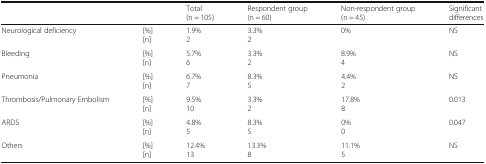
|  |  | Total(n = 105) | Respondent group(n = 60) | Non-respondent group(n = 45) | Significant differences |
 | --- | --- | --- | --- | --- | --- |
 | Neurological deficiency | [%][n] | 1.9%2 | 3.3%2 | 0% | NS |
 | Bleeding | [%][n] | 5.7%6 | 3.3%2 | 8.9%4 | NS |
 | Pneumonia | [%][n] | 6.7%7 | 8.3%5 | 4.4%2 | NS |
 | Thrombosis/Pulmonary Embolism | [%][n] | 9.5%10 | 3.3%2 | 17.8%8 | 0.013 |
 | ARDS | [%][n] | 4.8%5 | 8.3%5 | 0%0 | 0.047 |
 | Others | [%][n] | 12.4%13 | 13.3%8 | 11.1%5 | NS |